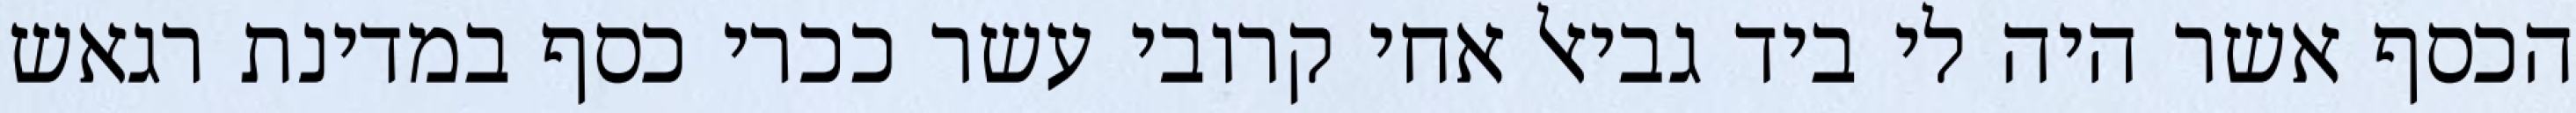
הכסף אשר היה לי ביד גביאל אחי קרובי עשר ככרי כסף במדינת רגאש